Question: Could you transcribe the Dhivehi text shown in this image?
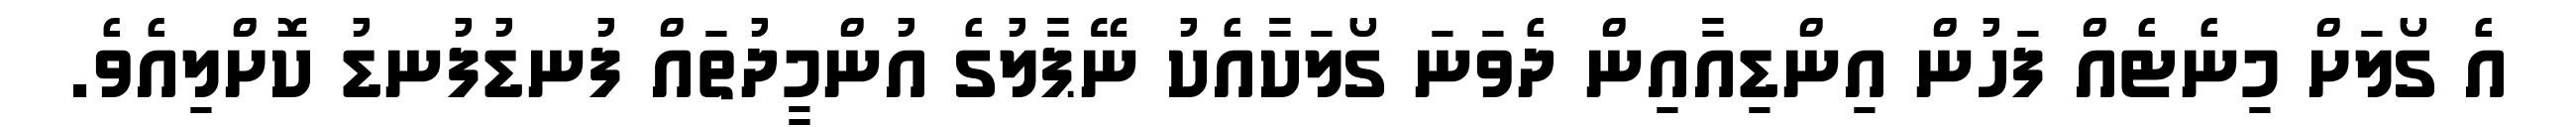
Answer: އެ ގޯލަށް މިނެޓެއް ފަހުން އިންޑިއާއިން ދެވަނަ ގޯލަކާއެކު ނޭޕާލުގެ އުންމީދުތައް ފުނޑުފުނޑު ކޮށްލިއެވެ.